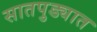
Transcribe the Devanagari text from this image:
सातपुड्यात